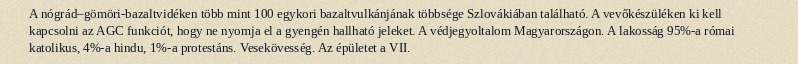
A nógrád–gömöri-bazaltvidéken több mint 100 egykori bazaltvulkánjának többsége Szlovákiában található. A vevőkészüléken ki kell kapcsolni az AGC funkciót, hogy ne nyomja el a gyengén hallható jeleket. A védjegyoltalom Magyarországon. A lakosság 95%-a római katolikus, 4%-a hindu, 1%-a protestáns. Vesekövesség. Az épületet a VII.